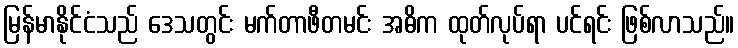
မြန်မာနိုင်ငံသည် ဒေသတွင်း မက်တာဖီတမင်း အဓိက ထုတ်လုပ်ရာ ပင်ရင်း ဖြစ်လာသည်။